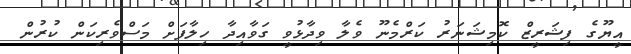
އީޔޫގެ ފިޝަރީޒް ކޮމިޝަނަރު ކަރްމެނޫ ވެލާ ވިދާޅުވީ ގަވާއިދާ ހިލާފަށް މަސްވެރިކަން ކުރުން